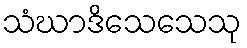
သံဃာဒိသေသေသု